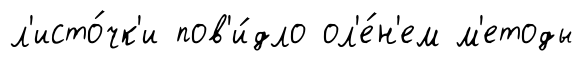
л'исто́чк'и пов'и́дло ол'е́н'ем м'етоды